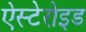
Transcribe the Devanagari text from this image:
ऐस्टेरोइड